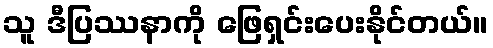
သူ ဒီပြဿနာကို ဖြေရှင်းပေးနိုင်တယ်။